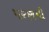
પરણમી